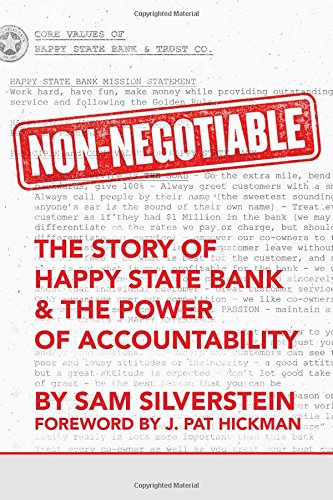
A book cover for Non-Negotiable: The Story of Happy State Bank & The Power of Accountability; Sam Silverstein; Business & Money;